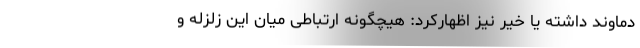
دماوند داشته یا خیر نیز اظهارکرد: هیچگونه ارتباطی میان این زلزله و